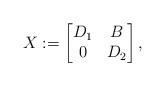
LaTeX: \begin{align*}X:=\begin{bmatrix}D_1 & B \\0 & D_2\end{bmatrix},\end{align*}